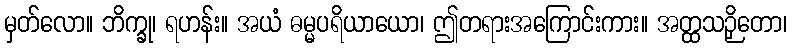
မှတ်လော။ ဘိက္ခု၊ ရဟန်း။ အယံ ဓမ္မပရိယာယော၊ ဤတရားအကြောင်းကား။ အတ္ထသဉှိတော၊